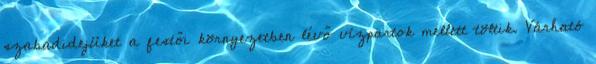
szabadidejüket a festői környezetben lévő vízpartok mellett töltik. Várható